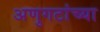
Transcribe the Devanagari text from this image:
अणुगटांच्या